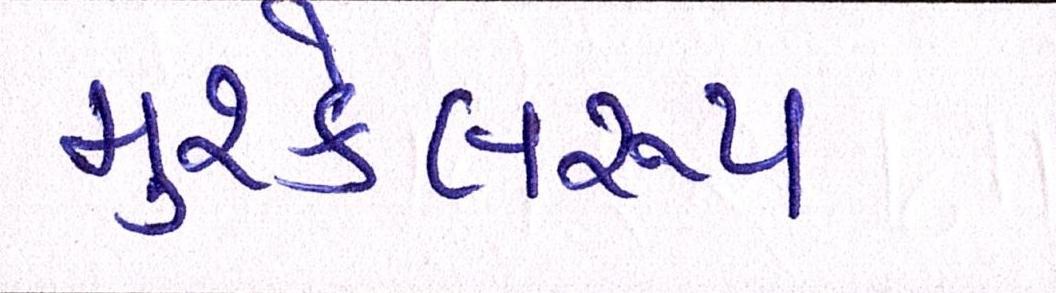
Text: મુશ્કેલરૂપ